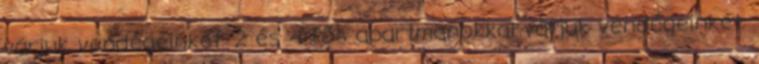
várjuk vendégeinket. 2 és 4 fős apartmanokkal várjuk vendégeinket.